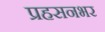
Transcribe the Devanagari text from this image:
प्रहसनभर